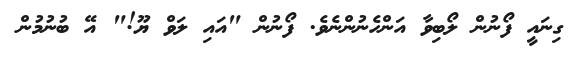
ގިނައީ ފޯނުން ލޯބިވާ އަންހެނުންނެވެ. ފޯނުން "އައި ލަވް ޔޫ!" އޭ ބުނުމުން